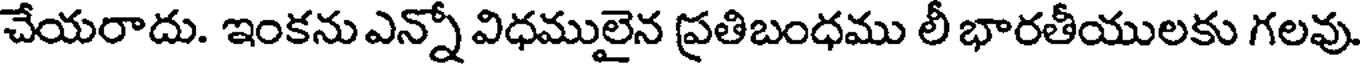
చేయరాదు. ఇంకను ఎన్నో విధములైన ప్రతిబంధము లీ భారతీయులకు గలవు